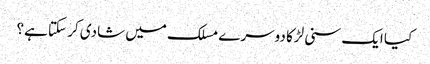
کیا ایک سنی لڑکا دوسرے مسلک میں شادی کر سکتا ہے؟